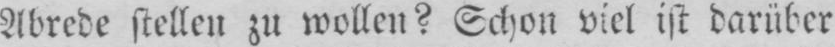
Abrede stellen zu wollen? Schon viel ist darüber